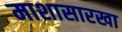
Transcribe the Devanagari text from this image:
माशासारखा